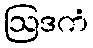
ဩဒကံ